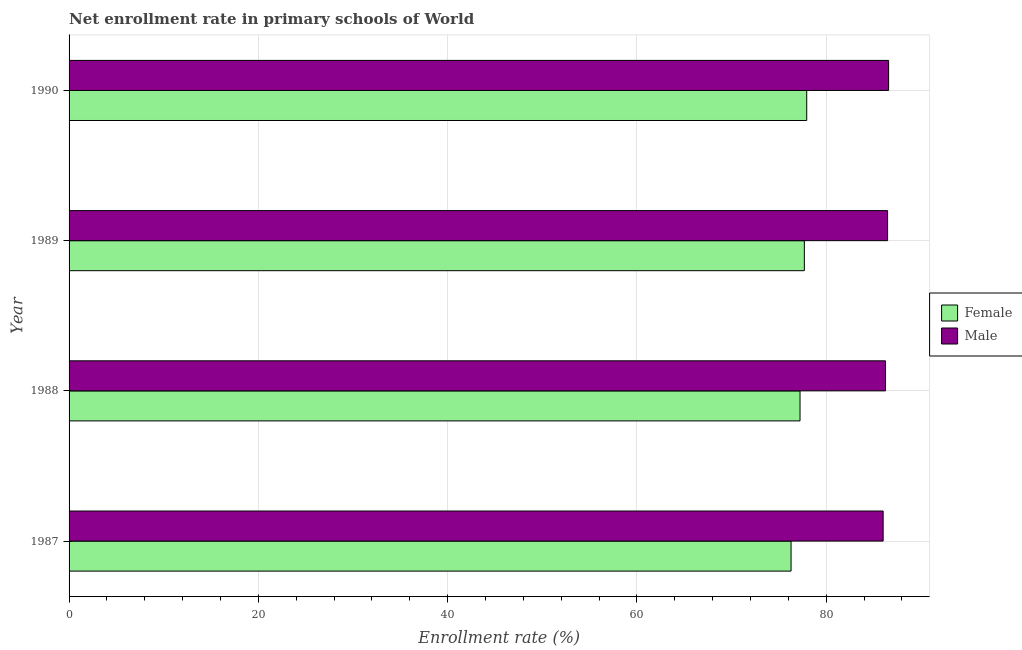
| Year | Female | Male |
 | --- | --- | --- |
 | 1987 | 76.3 | 86 |
 | 1988 | 77.2 | 86.3 |
 | 1989 | 77.7 | 86.5 |
 | 1990 | 77.9 | 86.6 |